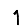
Digit: 1